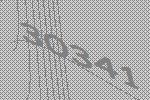
30341